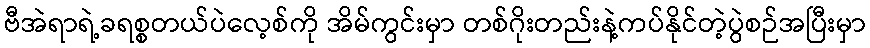
ဗီအဲရာရဲ့ခရစ္စတယ်ပဲလေ့စ်ကို အိမ်ကွင်းမှာ တစ်ဂိုးတည်းနဲ့ကပ်နိုင်တဲ့ပွဲစဉ်အပြီးမှာ